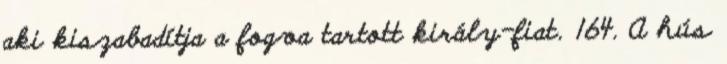
aki kiszabadítja a fogva tartott király-fiat. 164. A hús